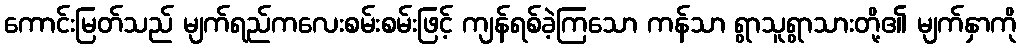
ကောင်းမြတ်သည် မျက်ရည်ကလေးစမ်းစမ်းဖြင့် ကျန်ရစ်ခဲ့ကြသော ကန်သာ ရွာသူရွာသားတို့၏ မျက်နှာကို